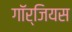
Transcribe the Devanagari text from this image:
गॉर्जियस